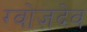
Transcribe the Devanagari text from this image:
ग्वोज़देव